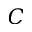
C